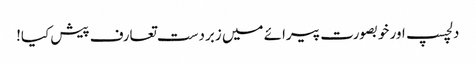
دلچسپ اور خوبصورت پیرائے میں زبردست تعارف پیش کیا!